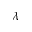
\boldsymbol { \lambda }